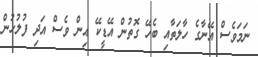
ނަމަވެސް އޭނާގެ ހާލަތާއި ބެހޭ ގޮތުން އޭޑީކޭ އިން ވެސް އަދި ފުލުހުން